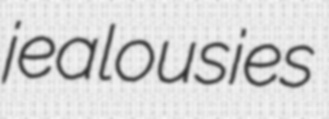
jealousies